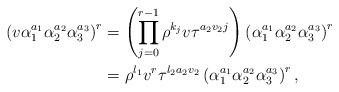
LaTeX: \begin{align*}\left(v\alpha_{1}^{a_{1}}\alpha_{2}^{ a_{2}}\alpha_{3}^{a_{3}}\right)^{r}&=\left(\prod_{j=0}^{r-1}\rho^{k_{j}}v\tau^{ a_{2}v_{2}j}\right)\left(\alpha_{1}^{a_{1}}\alpha_{2}^{ a_{2}}\alpha_{3}^{a_{3}}\right)^{r}\\&=\rho^{l_{1}}v^{r}\tau^{l_{2}a_{2}v_{2}}\left(\alpha_{1}^{a_{1}}\alpha_{2}^{ a_{2}}\alpha_{3}^{a_{3}}\right)^{r},\end{align*}